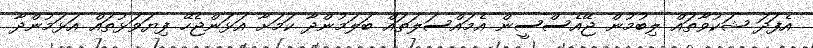
އެފަދަ ޝަކުވާތައް ލިބުމުން ޖޭއެސްސީން އެމައްސަލަތައް ބަލަމުންދާ ކަމަށާ އަޅަންޖެހޭ ފިޔަވަޅުތައް އަޅަމުންދާ